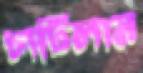
চাটিলাম